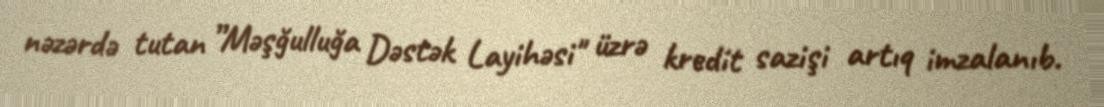
nəzərdə tutan ”Məşğulluğa Dəstək Layihəsi" üzrə kredit sazişi artıq imzalanıb.